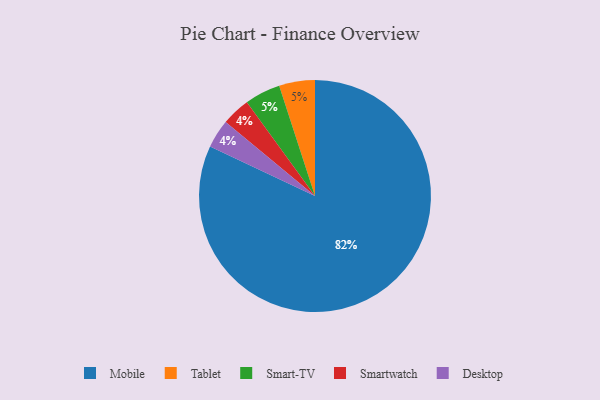
{"axis": {"x": "Category", "y": "Percentage"}, "legend": ["Desktop", "Mobile", "Smart-TV", "Smartwatch", "Tablet"], "data": [{"x": "Tablet", "y": 5, "type": "Tablet"}, {"x": "Smartwatch", "y": 4, "type": "Smartwatch"}, {"x": "Smart-TV", "y": 5, "type": "Smart-TV"}, {"x": "Mobile", "y": 82, "type": "Mobile"}, {"x": "Desktop", "y": 4, "type": "Desktop"}]}